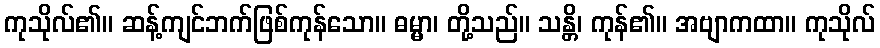
ကုသိုလ်၏။ ဆန့်ကျင်ဘက်ဖြစ်ကုန်သော။ ဓမ္မာ၊ တို့သည်။ သန္တိ၊ ကုန်၏။ အဗျာကထာ။ ကုသိုလ်